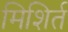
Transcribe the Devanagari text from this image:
मिशिर्त